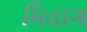
મિતાગ